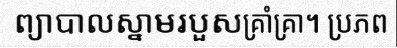
ព្យាបាលស្នាមរបួសគ្រាំគ្រា។ ប្រភព